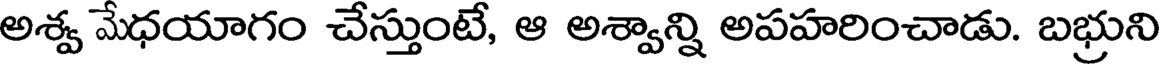
అశ్వ మేధయాగం చేస్తుంటే, ఆ అశ్వాన్ని అపహరించాడు. బభ్రుని